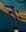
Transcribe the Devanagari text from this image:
त्ः